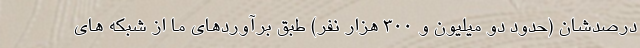
درصدشان (حدود دو میلیون و ۳۰۰ هزار نفر) طبق برآوردهای ما از شبکه های